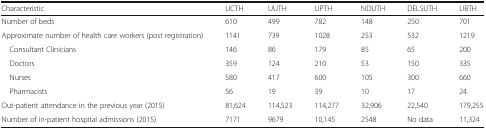
| Characteristic | UCTH | UUTH | UPTH | NDUTH | DELSUTH | UBTH |
 | --- | --- | --- | --- | --- | --- | --- |
 | Number of beds | 610 | 499 | 782 | 148 | 250 | 701 |
 | Approximate number of health care workers (post registration) | 1141 | 739 | 1028 | 253 | 532 | 1219 |
 | Consultant Clinicians | 146 | 86 | 179 | 85 | 65 | 200 |
 | Doctors | 359 | 124 | 210 | 53 | 150 | 335 |
 | Nurses | 580 | 417 | 600 | 105 | 300 | 660 |
 | Pharmacists | 56 | 19 | 39 | 10 | 17 | 24 |
 | Out-patient attendance in the previous year (2015) | 81,624 | 114,523 | 114,277 | 32,906 | 22,540 | 179,255 |
 | Number of in-patient hospital admissions (2015) | 7171 | 9679 | 10,145 | 2548 | No data | 11,324 |